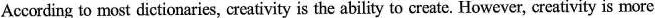
According to most dictionaries, creativity is the ability to create. However, creativity is more